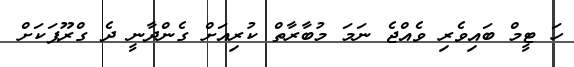
ހަ ޓީމް ބައިވެރި ވެއްޖެ ނަމަ މުބާރާތް ކުރިއަށް ގެންދާނީ ދެ ގްރޫޕަކަށް